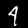
Label: 4